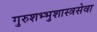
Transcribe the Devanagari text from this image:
गुरुशभ्भुशास्त्रसेवा